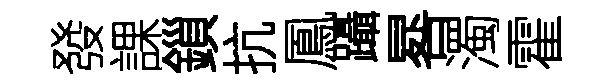
發課鎻抗鳳躡晷濁霍